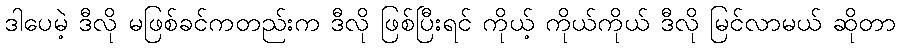
ဒါပေမဲ့ ဒီလို မဖြစ်ခင်ကတည်းက ဒီလို ဖြစ်ပြီးရင် ကိုယ့် ကိုယ်ကိုယ် ဒီလို မြင်လာမယ် ဆိုတာ